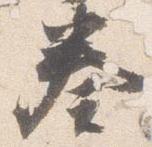
奏